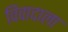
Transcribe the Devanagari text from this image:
विवादाला